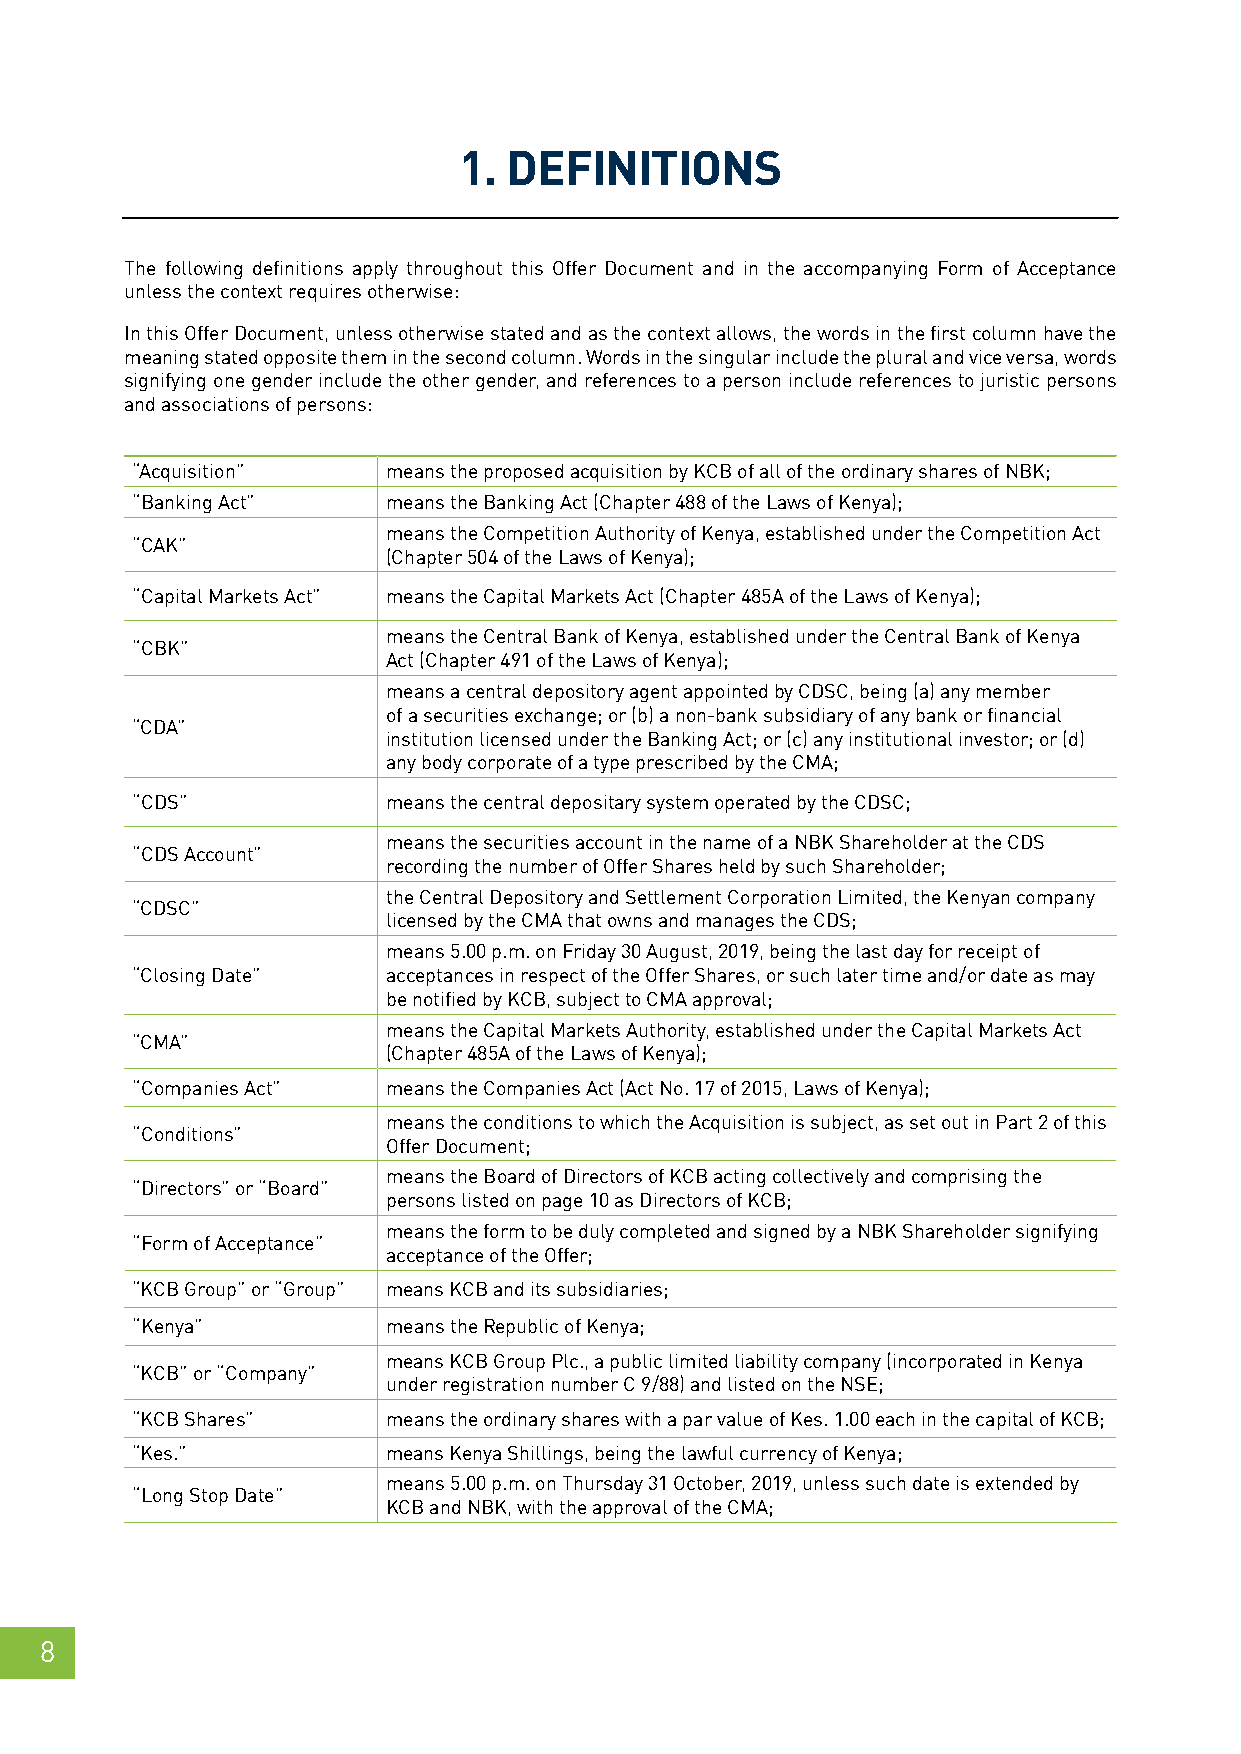
1.  DEFINITIONS
 The following definitions apply throughout this Offer Document and in the accompanying Form of Acceptance
 unless the context requires otherwise:
 In this Offer Document, unless otherwise stated and as the context allows, the words in the first column have the
 meaning stated opposite them in the second column. Words in the singular include the plural and vice versa, words
 signifying one gender include the other gender, and references to a person include references to juristic persons
 and associations of persons:
 “Acquisition”    means the proposed acquisition by KCB of all of the ordinary shares of NBK;
 “Banking Act”    means the Banking Act (Chapter 488 of the Laws of Kenya);
 means the Competition Authority of Kenya, established under the Competition Act
 “CAK”
 (Chapter 504 of the Laws of Kenya);
 “Capital Markets Act” means the Capital Markets Act (Chapter 485A of the Laws of Kenya);
 means the Central Bank of Kenya, established under the Central Bank of Kenya
 “CBK”
 Act (Chapter 491 of the Laws of Kenya);
 means a central depository agent appointed by CDSC, being (a) any member
 of a securities exchange; or (b) a non-bank subsidiary of any bank or financial
 “CDA”
 institution licensed under the Banking Act; or (c) any institutional investor; or (d)
 any body corporate of a type prescribed by the CMA;
 “CDS”            means the central depositary system operated by the CDSC;
 means the securities account in the name of a NBK Shareholder at the CDS
 “CDS Account”
 recording the number of Offer Shares held by such Shareholder;
 the Central Depository and Settlement Corporation Limited, the Kenyan company
 “CDSC”
 licensed by the CMA that owns and manages the CDS;
 means 5.00 p.m. on Friday 30 August, 2019, being the last day for receipt of
 “Closing Date”   acceptances in respect of the Offer Shares, or such later time and/or date as may
 be notified by KCB, subject to CMA approval;
 means the Capital Markets Authority, established under the Capital Markets Act
 “CMA”
 (Chapter 485A of the Laws of Kenya);
 “Companies Act”  means the Companies Act (Act No. 17 of 2015, Laws of Kenya);
 means the conditions to which the Acquisition is subject, as set out in Part 2 of this
 “Conditions”
 Offer Document;
 means the Board of Directors of KCB acting collectively and comprising the
 “Directors” or “Board”
 persons listed on page 10 as Directors of KCB;
 means the form to be duly completed and signed by a NBK Shareholder signifying
 “Form of Acceptance”
 acceptance of the Offer;
 “KCB Group” or “Group” means KCB and its subsidiaries;
 “Kenya”          means the Republic of Kenya;
 means KCB Group Plc., a public limited liability company (incorporated in Kenya
 “KCB” or “Company”
 under registration number C 9/88) and listed on the NSE;
 “KCB Shares”     means the ordinary shares with a par value of Kes. 1.00 each in the capital of KCB;
 “Kes.”           means Kenya Shillings, being the lawful currency of Kenya;
 means 5.00 p.m. on Thursday 31 October, 2019, unless such date is extended by
 “Long Stop Date”
 KCB and NBK, with the approval of the CMA;
 8